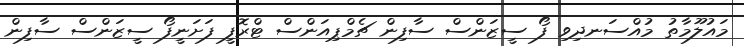
މައުލޫމާތު މުއްސަނދިވި ފޯ ސީޒަންސް ސާފިން ޗެމްޕިއަންސް ޓްރޮފީ ފަށަނީފޯ ސީޒަންސް ސާފިން